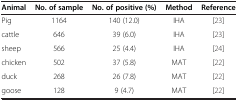
<table><thead><tr><td><b>Animal</b></td><td><b>No. of sample</b></td><td><b>No. of positive (%)</b></td><td><b>Method</b></td><td><b>Reference</b></td></tr></thead><tbody><tr><td>Pig</td><td>1164</td><td>140 (12.0)</td><td>IHA</td><td>[23]</td></tr><tr><td>cattle</td><td>646</td><td>39 (6.0)</td><td>IHA</td><td>[23]</td></tr><tr><td>sheep</td><td>566</td><td>25 (4.4)</td><td>IHA</td><td>[24]</td></tr><tr><td>chicken</td><td>502</td><td>37 (5.8)</td><td>MAT</td><td>[22]</td></tr><tr><td>duck</td><td>268</td><td>26 (7.8)</td><td>MAT</td><td>[22]</td></tr><tr><td>goose</td><td>128</td><td>9 (4.7)</td><td>MAT</td><td>[22]</td></tr></tbody></table>